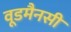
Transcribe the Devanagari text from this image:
वूडमैनसी